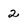
Character: 2